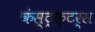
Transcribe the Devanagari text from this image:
कंस्ट्रक्टर्स